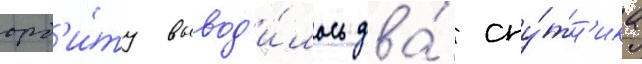
орб'и́ту вывод'и́лось два́ спу́тн'ика